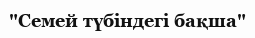
"Семей түбіндегі бақша"